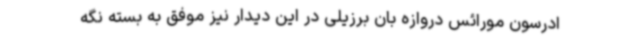
ادرسون مورائس دروازه بان برزیلی در این دیدار نیز موفق به بسته نگه